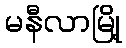
မနီလာမြို့